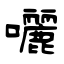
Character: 囇